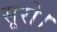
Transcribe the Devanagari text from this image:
सूरो।